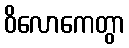
ဝိလောကေတွာ